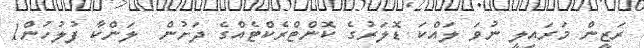
ރަޒީން މަރައިލީ ނުވަ ލައްކަ ޑޮލަރުގެ ކޮންޓްރެކްޓެއްގެ ދަށުން  ލަންކާ ފުލުހުން1